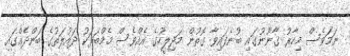
ނަމަވެސް މިހާރު ގާނޫނުގައި ބުނެފައިވާ ގޮތުން މަޖިލީހުގެ އެއްވެސް މެމްބަރަކު ދައުލަތުގެ ބަންދެއްގައި